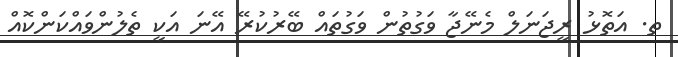
ތ. އަތޮޅު ރީޖަނަލް މެނޭޖާ ވަގުތުން ވަގުތައް ބޭރުކުރޭ އޭނަ އަކީ ތެލުންވައްކަންކޮއް